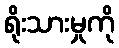
ရိုးသားမှုကို